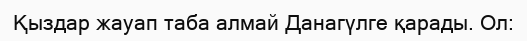
Қыздар жауап таба алмай Данагүлге қарады. Ол: